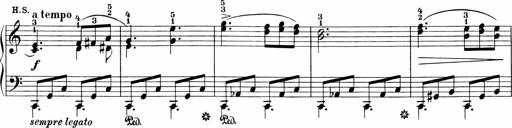
Title: 3 Sonatinas
Composer: Carl Reinecke